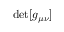
\operatorname* { d e t } [ g _ { \mu \nu } ]